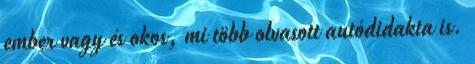
ember vagy és okos, mi több olvasott autódidakta is.